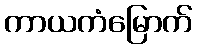
ကာယကံမြောက်